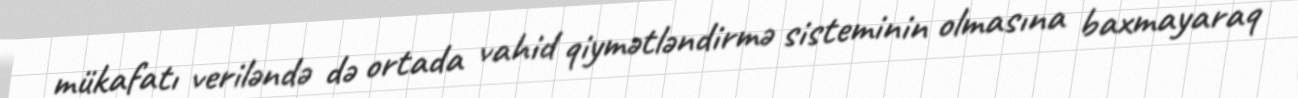
mükafatı veriləndə də ortada vahid qiymətləndirmə sisteminin olmasına baxmayaraq